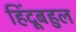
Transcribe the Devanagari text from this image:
हिंदूबहुल